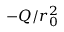
- Q / r _ { 0 } ^ { 2 }